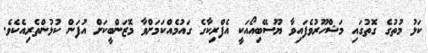
ކަޅު މުތުގެ ގޮތުގައި މަޝްހޫރުވެފައިވާ ޔޫސޭބިއޯއަކީ އެފްރިކާގެ ގައުމެއްކަމަށްވާ މޮޒަންބީކަށް އުފަން ކުޅުންތެރިއެކެވެ.